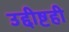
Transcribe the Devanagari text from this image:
उद्दीष्टही